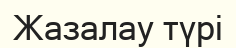
Жазалау түрі